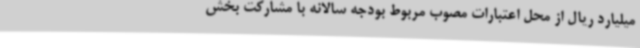
میلیارد ریال از محل اعتبارات مصوب مربوط بودجه سالانه با مشارکت بخش